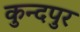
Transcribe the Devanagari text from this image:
कुन्दपुर